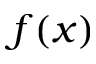
f ( x )